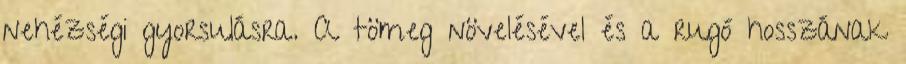
nehézségi gyorsulásra. A tömeg növelésével és a rugó hosszának